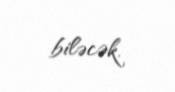
biləcək.